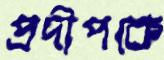
প্রদীপকে